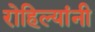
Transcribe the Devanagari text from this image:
रोहिल्यांनी